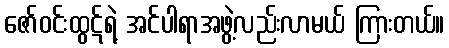
ဇော်ဝင်းထွဋ်ရဲ့ အင်ပါရာအဖွဲ့လည်းလာမယ် ကြားတယ်။